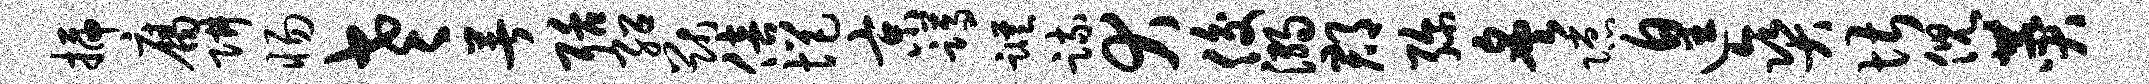
插腐阱惕老著聒绍猷倍悒京蹲踪疏犬俊溺郡弥炙隙遑爽堪倪赞